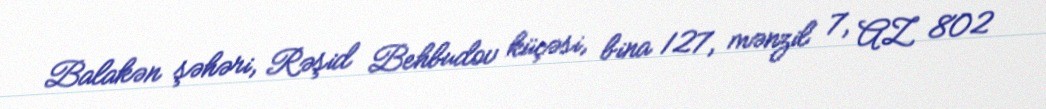
Balakən şəhəri, Rəşid Behbudov küçəsi, bina 127, mənzil 7, AZ 802